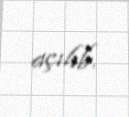
açılıb.